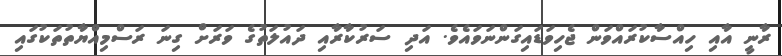
ރާނީ އާއި ހިއްސާކުރައްވަން ޖެހިވަޑައިގަންނަވައެވެ. އަދި ސަރުކާރާއި ދައުލަތުގެ ވަރަށް ގިނަ ރަސްމިއްޔާތުތަކުގައި